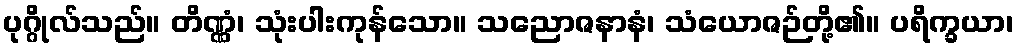
ပုဂ္ဂိုလ်သည်။ တိဏ္ဏံ၊ သုံးပါးကုန်သော။ သညောဇနာနံ၊ သံယောဇဉ်တို့၏။ ပရိက္ခယာ၊